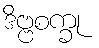
ဒိဗ္ဗစက္ခု